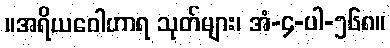
။အရိယဝေါဟာရ သုတ်များ၊ အံ-၄-ပါ-၅၆၈။